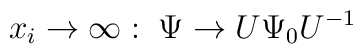
x_i\rightarrow \infty:\;\Psi \rightarrow U\Psi_0U^{-1}